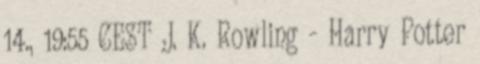
14., 19:55 CEST J. K. Rowling - Harry Potter